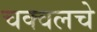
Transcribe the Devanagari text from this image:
चक्वलचे